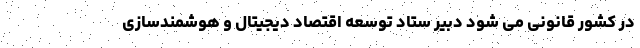
در کشور قانونی می شود دبیر ستاد توسعه اقتصاد دیجیتال و هوشمندسازی